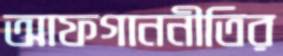
আফগাননীতির